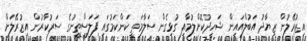
އިޒުރޭލުން ޒިޔާދު އަބުލްއައިން ޝަހީދުކޮށްލުމާއި ގުޅިގެން ސަލާމަތީ ކަންކަމުގައި ފަލަސްތީނުގެ ސަރުކާރުން އިޒުރޭލަށް